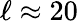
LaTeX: \ell\approx 20